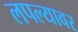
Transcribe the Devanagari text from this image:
लपल्यावर